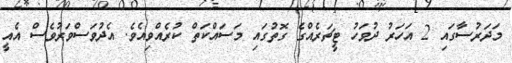
މަދަރުސާގައި 2 އަހަރު ދުވަހު ޓީޗަރެއްގެ ގޮތުގައި މަސައްކަތް ކުރެއްވިއެވެ. އެދުވަސްވަރުވެސް އެއީ